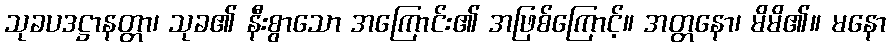
သုခပဒဋ္ဌာနတ္တာ၊ သုခ၏ နီးစွာသော အကြောင်း၏ အဖြစ်ကြောင့်။ အတ္တနော၊ မိမိ၏။ မနော